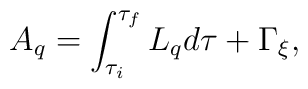
A_q = \int^{\tau_f}_{\tau_i} L_q d\tau + \Gamma_\xi,